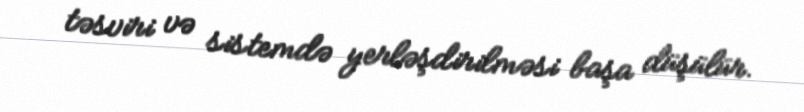
təsviri və sistemdə yerləşdirilməsi başa düşülür.